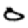
Digit: 0